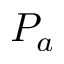
P _ { a }